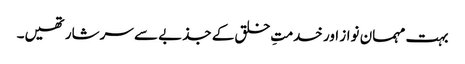
بہت مہمان نواز اور خدمتِ خلق کے جذبے سے سرشار تھیں۔